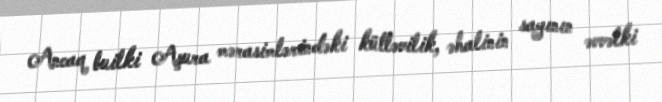
Ancaq builki Aşura mərasimlərindəki kütləvilik, əhalinin sayının əvvəlki